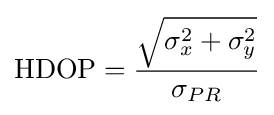
{\text{HDOP}}={\frac {\sqrt {\sigma _{x}^{2}+\sigma _{y}^{2}}}{\sigma _{PR}}}